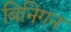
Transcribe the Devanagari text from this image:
बिनिगन